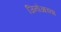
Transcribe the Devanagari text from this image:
जिनोआच्या